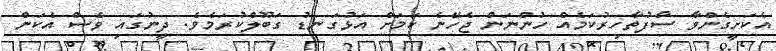
އެކަށީގެންވާ ސާފުތާހިރުކަމެއް ހުންނަން ޖެހޭނެ ކަމަށް އަޅުގަނޑު ގަބޫލްކުރަމެވެ. ދީނުގައި ވެސް އެކަން